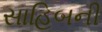
સાહિબની